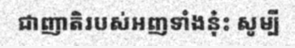
ជាញាតិរបស់អញទាំងនុ៎ះ សូម្បី